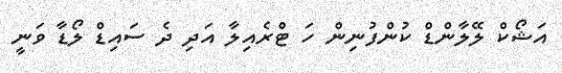
އަޝޯކް ލޭލާންޑް ކުންފުނިން ހަ ޓްރެއިލާ އަދި ދެ ސައިޑް ލޯޑާ ވަނީ